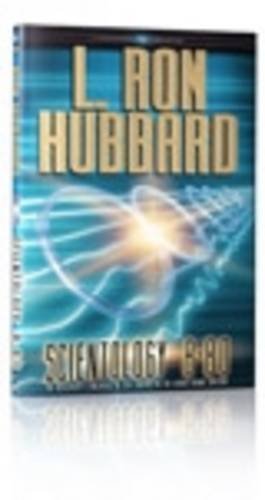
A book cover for Scientology 8-80: The Discovery and Increase of Life Energy in the Genus Homo Sapiens; L. Ron Hubbard; Religion & Spirituality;